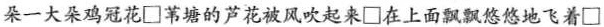
朵一大朵鸡冠花 \Box 苇塘的芦花被风吹起来 \Box 在上面飘飘悠悠地飞着 \Box